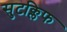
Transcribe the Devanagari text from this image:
सुटक्लिफ